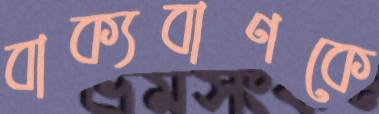
বাক্যবাণকে